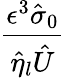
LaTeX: \frac{\epsilon^{3}\hat{\sigma}_{0}}{\hat{\eta}_{l}\hat{U}}